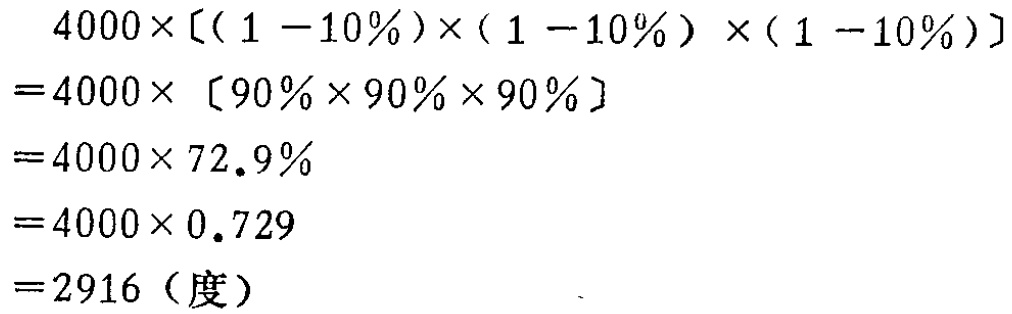
\[

\begin{align*}

&4000\times[(1 - 10\%)\times(1 - 10\%)\times(1 - 10\%)]\\

=&4000\times[90\%\times90\%\times90\%]\\

=&4000\times72.9\%\\

=&4000\times0.729\\

=&2916（\text{度}）

\end{align*}

\]